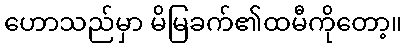
ဟောသည်မှာ မိမြခက်၏ထမီကိုတော့။